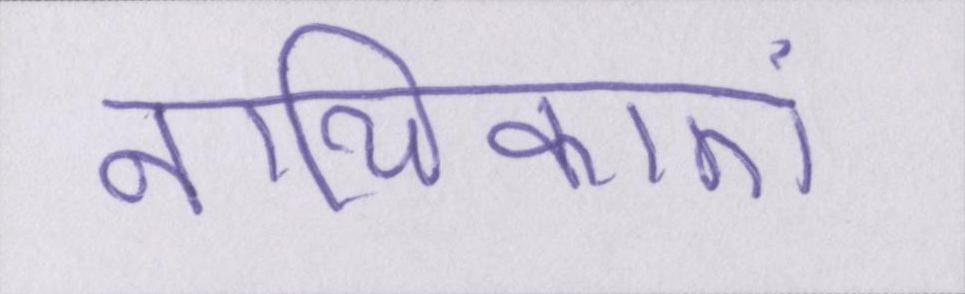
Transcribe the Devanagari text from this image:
नायिकाएं